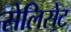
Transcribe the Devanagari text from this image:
सेलिसेट